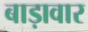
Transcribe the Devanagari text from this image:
बाड़ावार